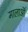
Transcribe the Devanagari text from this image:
मालाऒं